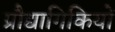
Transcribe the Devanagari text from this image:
प्रौद्यागिकियों